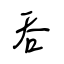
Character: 吞